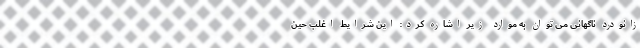
زانودرد ناگهانی می توان به موارد زیر اشاره کرد: این شرایط اغلب حین